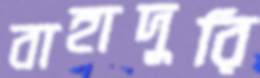
বাহাদুরি